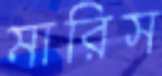
মারিস